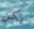
يكن